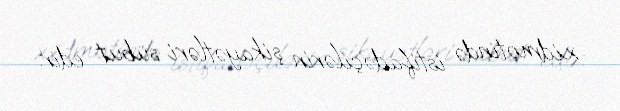
xidmətində istifadəçilərin şikayətləri sübut edir.